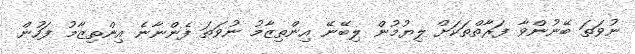
ނުވަތަ ބޭނުންވާ ފަރާތްތަކަށް ލިޔުމުން ލިބޭނޭ އިންތިޒާމު ނުވަތަ ފެންނާނެ އިންތިޒާމު ފަހުން